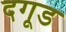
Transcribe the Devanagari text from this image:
दगूड